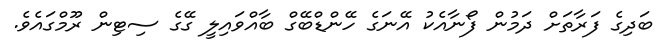
ބަދިގެ ފަރާތަށް ދަމުން ފޯނާއެކު އޭނަގެ ހޭންޑްބޭގް ބާއްވައިލީ ގޭގެ ސިޓިން ރޫމްގައެވެ.